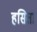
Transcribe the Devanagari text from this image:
हसिता